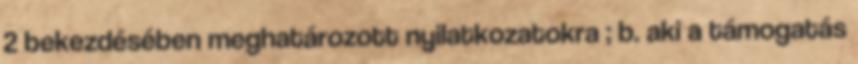
2 bekezdésében meghatározott nyilatkozatokra ; b. aki a támogatás